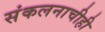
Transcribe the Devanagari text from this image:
संकलनाचीही